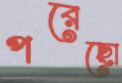
পরেছো